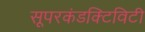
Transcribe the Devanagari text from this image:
सूपरकंडक्टिविटी